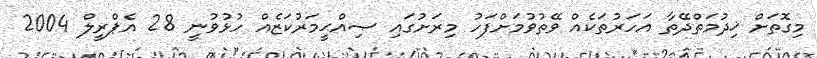
މިގޮތަށް ޚިދުމަތްދޭތާ އަހަރުތަކެއް ވޭތުވުމަށްފަހު މިރަށުގައި ޞިއްޙީމަރުކަޒެއް ހުޅުވުނީ 28 އެޕްރީލް 2004